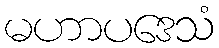
မဟာပဒေသံ